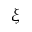
\xi